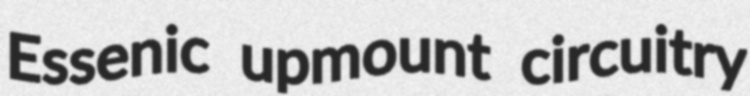
Essenic upmount circuitry